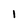
Character: I